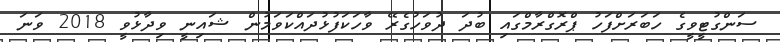
ސަންގުޓީވީގެ ހަބަރަށްފަހު ޕްރޮގްރާމްގައި ބުދަ ދުވަހުގެރޭ ވާހަކަފުޅުދައްކަވަމުން ޝައިނީ ވިދާޅުވީ 2018 ވަނަ